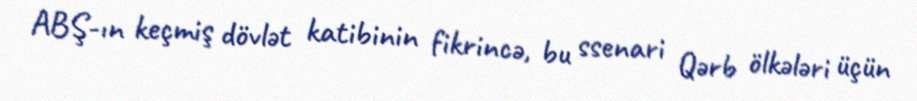
ABŞ-ın keçmiş dövlət katibinin fikrincə, bu ssenari Qərb ölkələri üçün